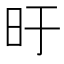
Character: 旴